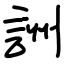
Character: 詶